Civil Veterinary Dept. Bombay admin report 1923-31 - 1923-1931
Year: 1923
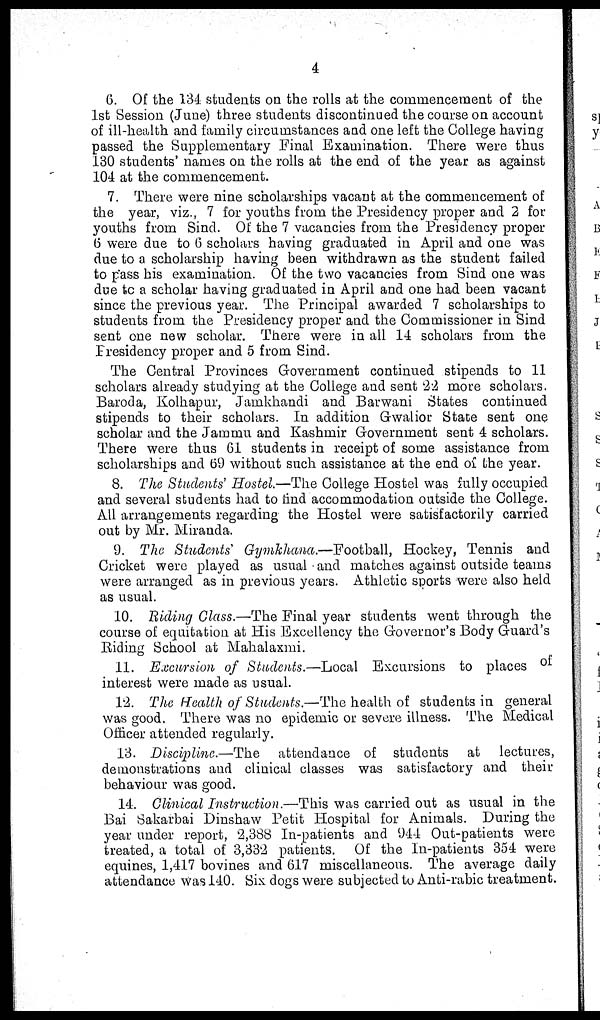
4
6. Of the 134 students on the rolls at the commencement of the
1st Session (June) three students discontinued the course on account
of ill-health and family circumstances and one left the College having
passed the Supplementary Final Examination. There were thus
130 students' names on the rolls at the end of the year as against
104 at the commencement.
7. There were nine scholarships vacant at the commencement of
the year, viz., 7 for youths from the Presidency proper and 2 for
youths from Sind. Of the 7 vacancies from the Presidency proper
6 were due to 6 scholars having graduated in April and one was
due to a scholarship having been withdrawn as the student failed
to pass his examination. Of the two vacancies from Sind one was
due to a scholar having graduated in April and one had been vacant
since the previous year. The Principal awarded 7 scholarships to
students from the Presidency proper and the Commissioner in Sind
sent one new scholar. There were in all 14 scholars from the
Presidency proper and 5 from Sind.
The Central Provinces Government continued stipends to 11
scholars already studying at the College and sent 22 more scholars.
Baroda, Kolhapur, Jamkhandi and Barwani States continued
stipends to their scholars. In addition Gwalior State sent one
scholar and the Jammu and Kashmir Government sent 4 scholars.
There were thus 61 students in receipt of some assistance from
scholarships and 69 without such assistance at the end of the year.
8. The Students' Hostel.—The College Hostel was fully occupied
and several students had to find accommodation outside the College.
All arrangements regarding the Hostel were satisfactorily carried
out by Mr. Miranda.
9. The Students' Gymkhana.—Football, Hockey, Tennis and
Cricket were played as usual and matches against outside teams
were arranged as in previous years. Athletic sports were also held
as usual.
10. Riding Class.—The Final year students went through the
course of equitation at His Excellency the Governor's Body Guard's
Riding School at Mahalaxmi.
11. Excursion of Students.—Local Excursions to places of
interest were made as usual.
12. The Health of Students.—The health of students in general
was good. There was no epidemic or severe illness. The Medical
Officer attended regularly.
13. Discipline.—The attendance of students at lectures,
demonstrations and clinical classes was satisfactory and their
behaviour was good.
14. Clinical Instruction.—This was carried out as usual in the
Bai Sakarbai Dinshaw Petit Hospital for Animals. During the
year under report, 2,388 In-patients and 944 Out-patients were
treated, a total of 3,332 patients. Of the In-patients 354 were
equines, 1,417 bovines and 617 miscellaneous. The average daily
attendance was 140. Six dogs were subjected to Anti-rabic treatment.